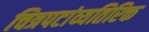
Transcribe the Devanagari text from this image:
चित्रपटांव्यतिरिक्त